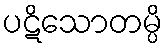
ပဋိသောတမ္ပိ